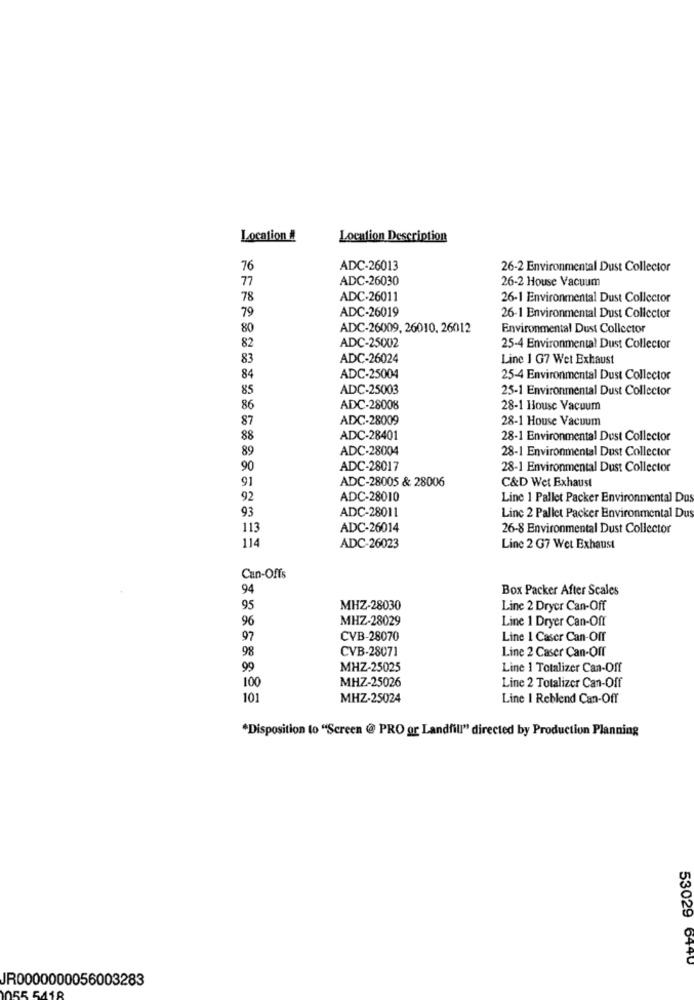
Location #
Location Description
76
ADC-26013
26-2 Environmental Dust Collector
77
ADC-26030
26-2 House Vacuum
78
ADC-26011
26-1 Environmental Dust Collector
ADC-26019
79
26-1 Environmental Dust Collector
80
ADC-26009, 26010. 26012
Environmental Dust Collector
82
ADC-25002
25-4 Environmental Dust Collector
83
ADC-26024
Line 1 G7 Wet Exhaust
84
ADC-25004
25-4 Environmental Dust Collector
85
ADC-25003
25-1 Environmental Dust Collector
86
ADC-28008
28-1 House Vacuum
87
ADC-28009
28-1 House Vacuum
88
ADC-28401
28-1 Environmental Dust Collector
89
ADC-28004
28-1 Environmental Dust Collector
90
ADC-28017
28-1 Environmental Dust Collector
91
ADC-28005 & 28006
C&D Wet Exhaust
92
ADC-28010
Line 1 Pallet Packer Environmental Dus
ADC-28011
93
Linc 2 Pallet Packer Environmental Dus
113
ADC-26014
26-8 Environmental Dust Collector
114
ADC-26023
Line 2 G7 Wet Exhaust
Can-Offs
94
Box Packer After Scales
95
MHZ-28030
Line 2 Dryer Can-Off
96
MHZ-28029
Line 1 Dryer Can-Off
97
CVB-28070
Line 1 Caser Can-Off
98
CVB-28071
Line 2 Caser Can-Off
99
MHZ-25025
Line 1 Totalizer Can-Off
MHZ-25026
100
Line 2 Totalizer Can-Off
101
MHZ-25024
Line I Reblend Can-Off
*Disposition to "Screen @ PRO or Landfill" directed by Production Planning
53029 6440
JR0000000056003283
55 5418